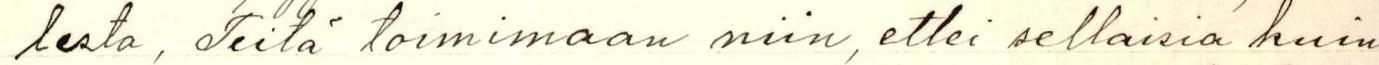
lesta, Teitä toimimaan niin, ettei sellaisia kuin